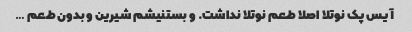
آیس پک نوتلا اصلا طعم نوتلا نداشت. و بستنیشم شیرین و بدون طعم …